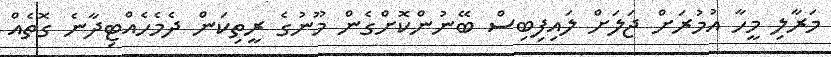
މަރާލި މީހާ އުމުރަށް ޖަލަށް ލައިފިބިސް ބޭނުންކޮށްގެން މޫނުގެ ރީތިކަން ދެމެހެއްޓިދާނެ ގޮތެއް